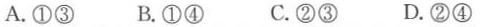
A.①③ B.①④ C.②③ D.②④